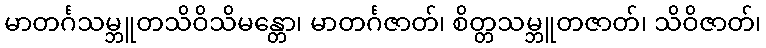
မာတင်္ဂသမ္ဘူတသိဝိသိမန္တော၊ မာတင်္ဂဇာတ်၊ စိတ္တသမ္ဘူတဇာတ်၊ သိဝိဇာတ်၊